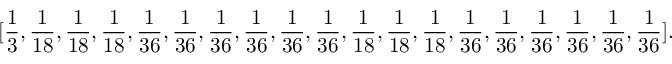
[ \frac { 1 } { 3 } , \frac { 1 } { 1 8 } , \frac { 1 } { 1 8 } , \frac { 1 } { 1 8 } , \frac { 1 } { 3 6 } , \frac { 1 } { 3 6 } , \frac { 1 } { 3 6 } , \frac { 1 } { 3 6 } , \frac { 1 } { 3 6 } , \frac { 1 } { 3 6 } , \frac { 1 } { 1 8 } , \frac { 1 } { 1 8 } , \frac { 1 } { 1 8 } , \frac { 1 } { 3 6 } , \frac { 1 } { 3 6 } , \frac { 1 } { 3 6 } , \frac { 1 } { 3 6 } , \frac { 1 } { 3 6 } , \frac { 1 } { 3 6 } ] .